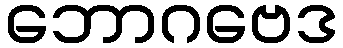
ဘောဂဗေဒ